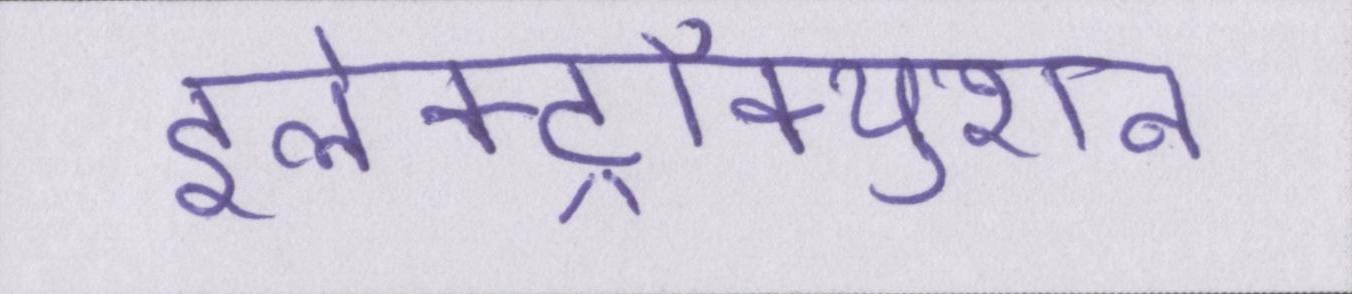
इलेक्ट्रॉक्युशन